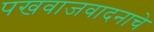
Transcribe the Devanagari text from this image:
पखवाजवादनाचे